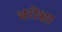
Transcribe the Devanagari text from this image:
भरोशा